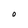
Character: O